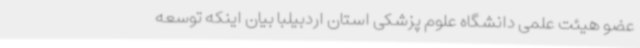
عضو هیئت علمی دانشگاه علوم پزشکی استان اردبیلبا بیان اینکه توسعه